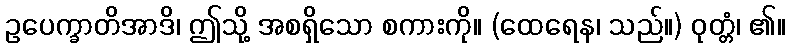
ဥပေက္ခာတိအာဒိ၊ ဤသို့ အစရှိသော စကားကို။ (ထေရေန၊ သည်။) ဝုတ္တံ၊ ၏။